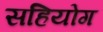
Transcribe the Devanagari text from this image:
सहियोग